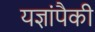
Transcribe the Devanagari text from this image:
यज्ञांपैकी